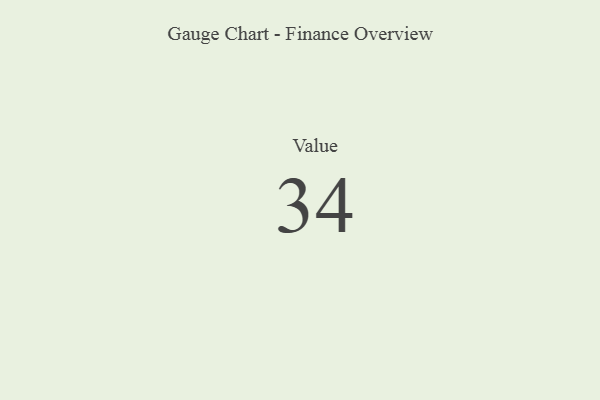
{"axis": {"x": "Metric", "y": "Value"}, "legend": [""], "data": [{"x": "Value", "y": 34, "type": ""}]}